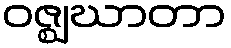
ဝဇ္ဈဃာတာ